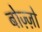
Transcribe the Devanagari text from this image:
बोज़्ज़ो